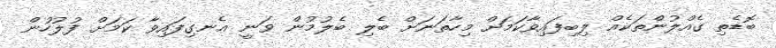
ބޮޑެތި ގެއްލުންތަކެއް ލިބިފައިވާކަމަށް މިހާތަނަށް ބެލި ބެލުމުން ވަނީ އެނގިފައިވާ ކަމަށް ފުލުހުން